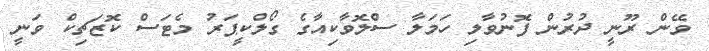
ވޭން ރޫނީ ދުރުން ފޮނުވާލި ހަމަލާ ސްލޮވާކިއާގެ ގޯލްކީޕަރު މެޓަސް ކޮޒަޗިކް ވަނީ